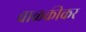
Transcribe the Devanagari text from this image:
वाळकीकर